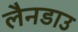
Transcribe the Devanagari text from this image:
लैनडाउ